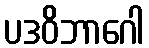
ပဒဝိဘာဂေါ